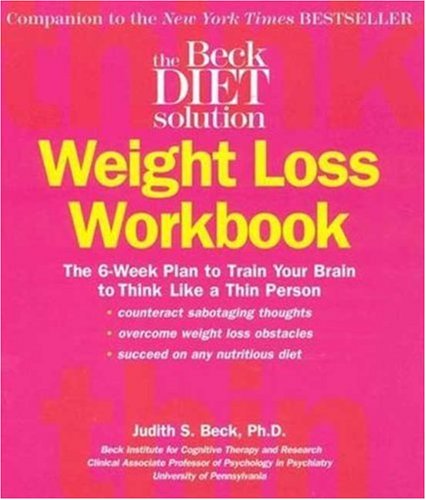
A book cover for Beck Diet Solution Weight Loss Workbook: The 6-week Plan to Train Your Brain to Think Like a Thin Person; Judith S. Beck; Science & Math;